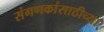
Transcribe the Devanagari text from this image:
संगणकांसाठीच्या